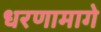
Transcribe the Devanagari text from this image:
धरणामागे